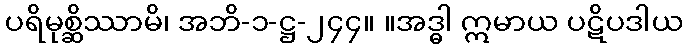
ပရိမုစ္ဆိဿာမိ၊ အဘိ-၁-ဋ္ဌ-၂၄၄။ ။အဒ္ဓါ ဣမာယ ပဋိပဒါယ